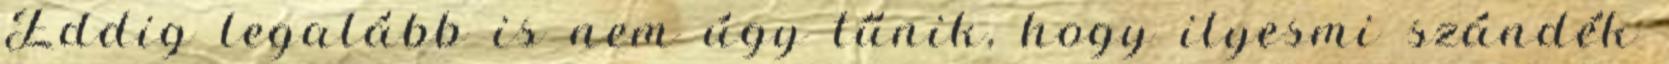
Eddig legalább is nem úgy tűnik, hogy ilyesmi szándék